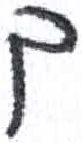
אות: ך